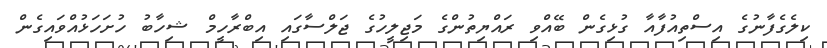
ކިލެގެފާނުގެ އިސްތިއުފާއާ ގުޅިގެން ބޭއްވި ރައްޔިތުންގެ މަޖިލީހުގެ ޖަލްސާގައި އިބްރާހީމް ޝިހާބު ހުށަހަޅުއްވައިގެން